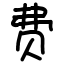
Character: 费